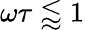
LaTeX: \omega\tau\lessapprox 1